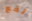
تقع